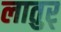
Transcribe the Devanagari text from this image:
लातुर्